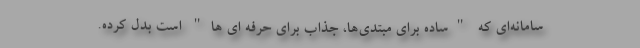
سامانه‌ای که "ساده برای مبتدی‌ها، جذاب برای حرفه ای ها" است بدل کرده.